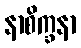
နာစိက္ခနာ